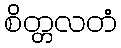
စိတ္တလတံ